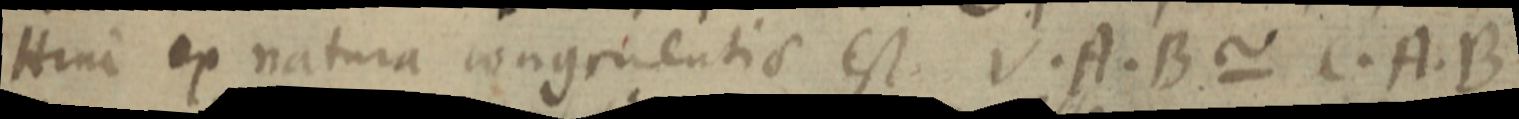
Hinc ex natura congruentis est. V. A. B ~ C. A. B